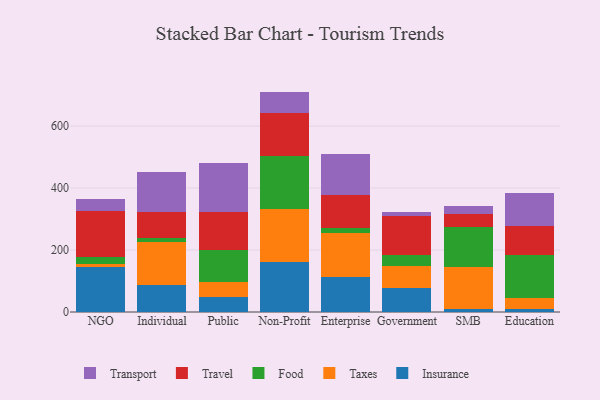
{"axis": {"x": "Segment", "y": "Shipments"}, "legend": ["Food", "Insurance", "Taxes", "Transport", "Travel"], "data": [{"x": "NGO", "y": 143.8, "type": "Insurance"}, {"x": "NGO", "y": 9.8, "type": "Taxes"}, {"x": "NGO", "y": 25.0, "type": "Food"}, {"x": "NGO", "y": 146.7, "type": "Travel"}, {"x": "NGO", "y": 39.5, "type": "Transport"}, {"x": "Individual", "y": 88.2, "type": "Insurance"}, {"x": "Individual", "y": 136.5, "type": "Taxes"}, {"x": "Individual", "y": 14.1, "type": "Food"}, {"x": "Individual", "y": 83.9, "type": "Travel"}, {"x": "Individual", "y": 128.9, "type": "Transport"}, {"x": "Public", "y": 47.3, "type": "Insurance"}, {"x": "Public", "y": 48.7, "type": "Taxes"}, {"x": "Public", "y": 104.6, "type": "Food"}, {"x": "Public", "y": 123.7, "type": "Travel"}, {"x": "Public", "y": 157.1, "type": "Transport"}, {"x": "Non-Profit", "y": 160.1, "type": "Insurance"}, {"x": "Non-Profit", "y": 172.2, "type": "Taxes"}, {"x": "Non-Profit", "y": 172.0, "type": "Food"}, {"x": "Non-Profit", "y": 139.0, "type": "Travel"}, {"x": "Non-Profit", "y": 68.0, "type": "Transport"}, {"x": "Enterprise", "y": 111.7, "type": "Insurance"}, {"x": "Enterprise", "y": 144.0, "type": "Taxes"}, {"x": "Enterprise", "y": 13.8, "type": "Food"}, {"x": "Enterprise", "y": 107.3, "type": "Travel"}, {"x": "Enterprise", "y": 131.7, "type": "Transport"}, {"x": "Government", "y": 77.6, "type": "Insurance"}, {"x": "Government", "y": 72.4, "type": "Taxes"}, {"x": "Government", "y": 34.5, "type": "Food"}, {"x": "Government", "y": 126.0, "type": "Travel"}, {"x": "Government", "y": 11.5, "type": "Transport"}, {"x": "SMB", "y": 10.6, "type": "Insurance"}, {"x": "SMB", "y": 135.7, "type": "Taxes"}, {"x": "SMB", "y": 128.2, "type": "Food"}, {"x": "SMB", "y": 40.7, "type": "Travel"}, {"x": "SMB", "y": 25.9, "type": "Transport"}, {"x": "Education", "y": 9.7, "type": "Insurance"}, {"x": "Education", "y": 35.8, "type": "Taxes"}, {"x": "Education", "y": 137.1, "type": "Food"}, {"x": "Education", "y": 95.9, "type": "Travel"}, {"x": "Education", "y": 107.1, "type": "Transport"}]}